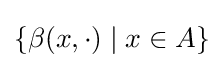
\{\beta (x,\cdot )\mid x\in A\}